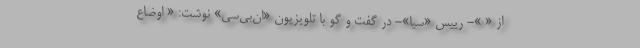
از « »- رییس «سیا»- در گفت و گو با تلویزیون «ان‌بی‌سی» نوشت: « اوضاع